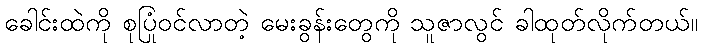
ခေါင်းထဲကို စုပြုံဝင်လာတဲ့ မေးခွန်းတွေကို သူဇာလွင် ခါထုတ်လိုက်တယ်။